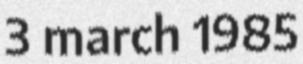
3 march 1985